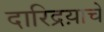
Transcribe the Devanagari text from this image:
दारिद्रय़ाचे